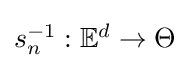
{\textstyle s_{n}^{-1}:\mathbb {E} ^{d}\to \Theta }